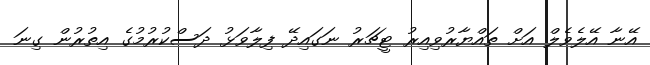
އޭނާ އޭލެވެލް އަށް ތައްޔާރުވިއިރު ޓީޗަރު ނަގައިދޭ ފިލާވަޅު ދަސްކުރުމުގެ އިތުރުން ގިނަ